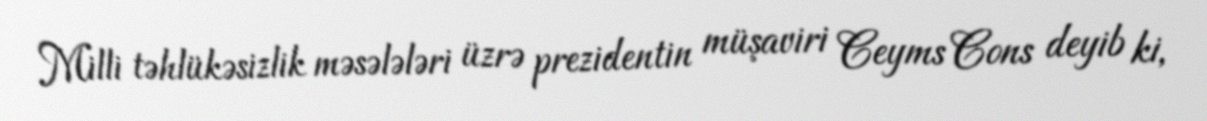
Milli təhlükəsizlik məsələləri üzrə prezidentin müşaviri Ceyms Cons deyib ki,